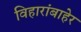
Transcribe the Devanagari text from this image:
विहारांबाहेर